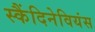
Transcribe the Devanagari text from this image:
स्कैंदिनेवियंस